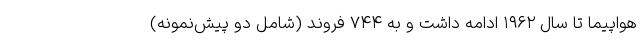
هواپیما تا سال ۱۹۶۲ ادامه داشت و به ۷۴۴ فروند (شامل دو پیش‌نمونه)